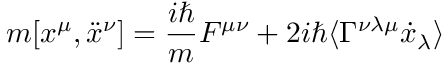
m [ x ^ { \mu } , \ddot { x } ^ { \nu } ] = { \frac { i \hbar } { m } } F ^ { \mu \nu } + 2 i \hbar \langle \Gamma ^ { \nu \lambda \mu } \dot { x } _ { \lambda } \rangle